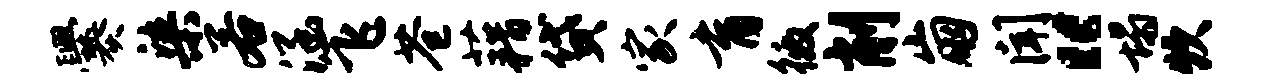
爨染若涵飞苍藉贷家育徼削崩闻“塌炊